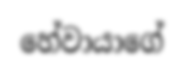
හේවායාගේ